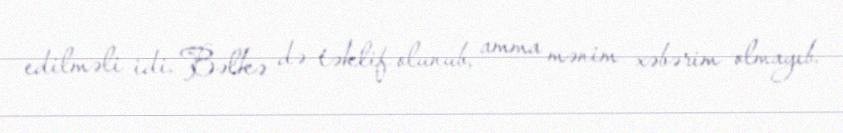
edilməli idi. Bəlkə də təklif olunub, amma mənim xəbərim olmayıb.